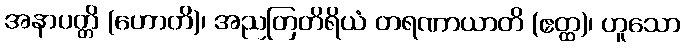
အနာပတ္တိ (ဟောတိ)၊ အညတြတိရိယံ တရဏာယာတိ (ဧတ္ထ)၊ ဟူသော